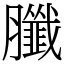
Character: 䑎